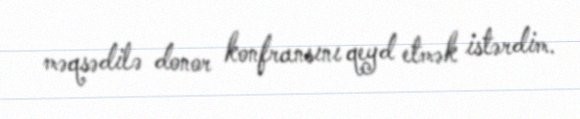
məqsədilə donor konfransını qeyd etmək istərdim.